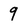
Character: 9